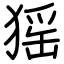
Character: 猺